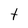
Character: t